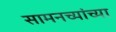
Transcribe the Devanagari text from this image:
सामनच्यांच्या